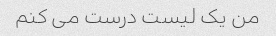
من یک لیست درست می کنم